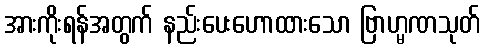
အားကိုးရန်အတွက် နည်းပေးဟောထားသော ဗြာဟ္မဏသုတ်